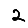
Digit: 2